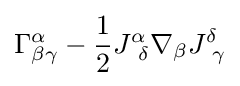
\Gamma _{\beta \gamma }^{\alpha }-{\frac {1}{2}}J_{~\delta }^{\alpha }\nabla _{\beta }J_{~\gamma }^{\delta }